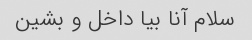
سلام آنا بیا داخل و بشین